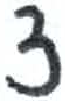
אות: צ